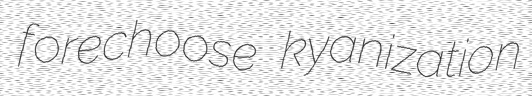
forechoose kyanization